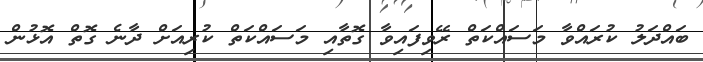
ބައްދަލު ކުރައްވާ މަސައްކަތް ރޭވިފައިވާ ގޮތާއި މަސައްކަތް ކުރިއަށް ދާނެ ގޮތް އޮޅުން